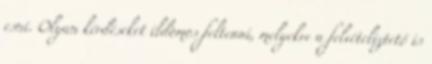
esni. Olyan kérdéseket ildomos feltenni, melyekre a felvételiztető is